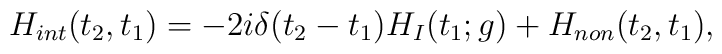
H_{int}(t_2,t_1)=-2i\delta(t_2-t_1)H_I(t_1;g)+H_{non}(t_2,t_1),